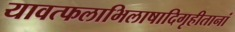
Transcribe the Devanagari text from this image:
यावत्फलाभिलाषादिगृहीतानां